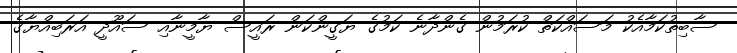
ސާބިތުކަމާއެކު މަސައްކަތް ކުރަމުން ގެންދާނެ ކަމުގެ ޔަގީންކަން ރައީސް ޔާމީނާއި ސައޫދީ އަރަބިއްޔާގެ